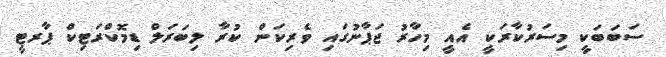
ސަބަބަކީ މިސަރުކާރަކީ އެއީ މިހާރު ޖަޕާނުގައި ވެރިކަން ކުރާ ލިބަރަލް ޑިމޮކްރަޓިކް ޕާރޓީ